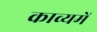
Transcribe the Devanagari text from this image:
काव्यमें